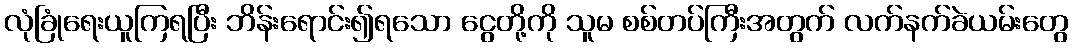
လုံခြုံရေးယူကြရပြီး ဘိန်းရောင်း၍ရသော ငွေတို့ကို သူမ စစ်တပ်ကြီးအတွက် လက်နက်ခဲယမ်းတွေ